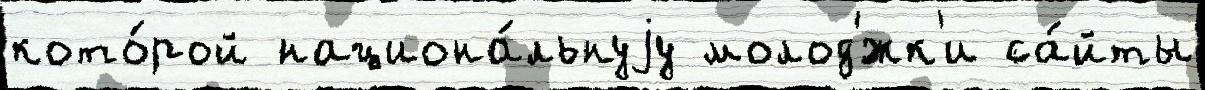
кото́рой национа́льнуjу молод'́жк'и са́йты